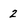
Character: 2